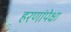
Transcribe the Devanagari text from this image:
हरणांपेक्षा